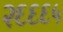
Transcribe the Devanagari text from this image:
२६६६५